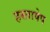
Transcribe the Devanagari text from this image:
हस्ताषेप